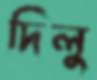
দিলু